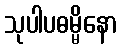
သုပါပဓမ္မိနော